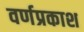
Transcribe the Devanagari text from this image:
वर्णप्रकाश